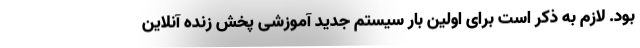
بود. لازم به ذکر است برای اولین بار سیستم جدید آموزشی پخش زنده آنلاین